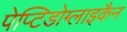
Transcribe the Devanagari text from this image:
पेप्टिडोग्लाइकैन